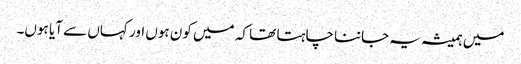
میں ہمیشہ یہ جاننا چاہتا تھا کہ میں کون ہوں اور کہاں سے آیا ہوں۔